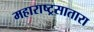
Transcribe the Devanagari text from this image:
महाराष्ट्रसातारा